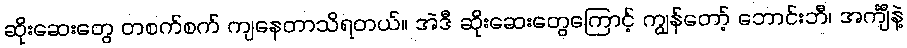
ဆိုးဆေးတွေ တစက်စက် ကျနေတာသိရတယ်။ အဲဒီ ဆိုးဆေးတွေကြောင့် ကျွန်တော့် ဘောင်းဘီ၊ အင်္ကျီနဲ့